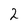
Character: 2